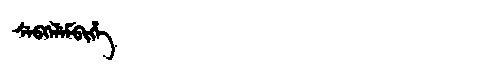
Manchu: ᠰᡝᠪᡴᡝᠯᡝᠮᠪᡳᡥᡝ
Romanization: SEBKELEMBIHE